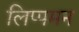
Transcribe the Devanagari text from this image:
लिप्पमन